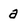
Character: a